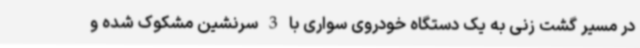
در مسیر گشت زنی به یک دستگاه خودروی سواری با 3 سرنشین مشکوک شده و